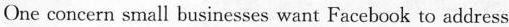
One concern small busines ;8es wan: Facebook to address